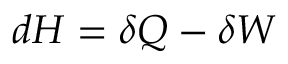
d H = \delta Q - \delta W